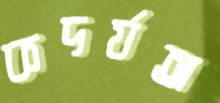
কদর্যতা